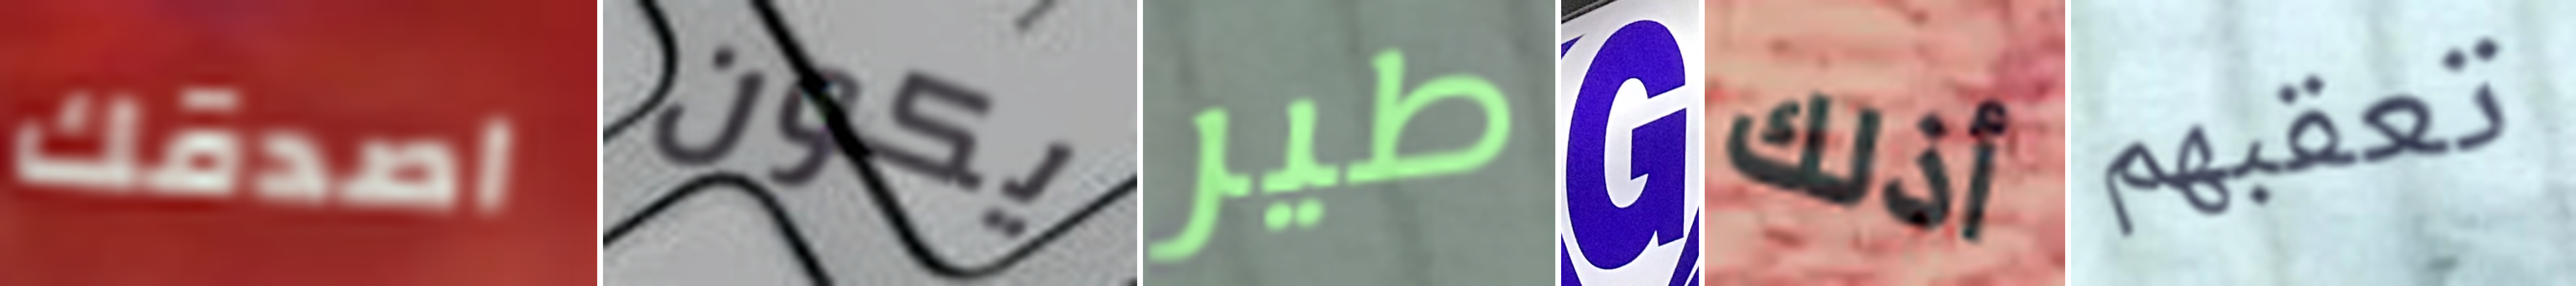
اصدقك يكون طير G أذلك تعقبهم